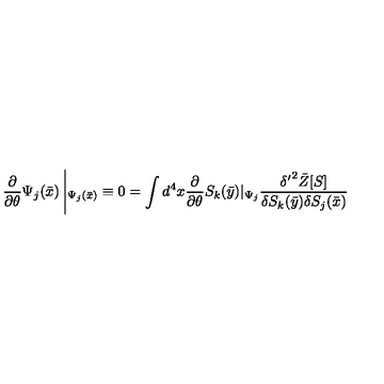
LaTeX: \frac { \partial } { \partial \theta } \Psi _ { j } ( \bar { x } ) \left| _ { \Psi _ { j } ( \bar { x } ) } \equiv 0 = \int d ^ { 4 } x \frac { \partial } { \partial \theta } S _ { k } ( \bar { y } ) | _ { \Psi _ { j } } \frac { { \delta ^ { \prime } } ^ { 2 } \bar { Z } [ S ] } { \delta S _ { k } ( \bar { y } ) \delta S _ { j } ( \bar { x } ) } \right.